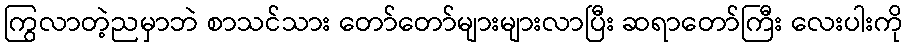
ကြွလာတဲ့ညမှာဘဲ စာသင်သား တော်တော်များများလာပြီး ဆရာတော်ကြီး လေးပါးကို